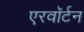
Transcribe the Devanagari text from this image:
एरवॉर्टन